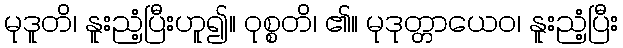
မုဒူတိ၊ နူးညံ့ပြီးဟူ၍။ ဝုစ္စတိ၊ ၏။ မုဒုတ္တာယေဝ၊ နူးညံ့ပြီး